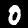
Digit: 0